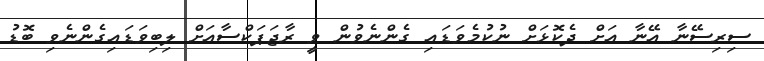
ސިރިސޭނާ އޭނާ އަށް ދެކޮޅަށް ނުކުމެވަޑައި ގެންނެވުން ވީ ރާޖަޕަކްސާއަށް ލިބިވަޑައިގެންނެވި ބޮޑު